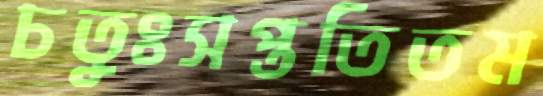
চতুঃসপ্ততিতম